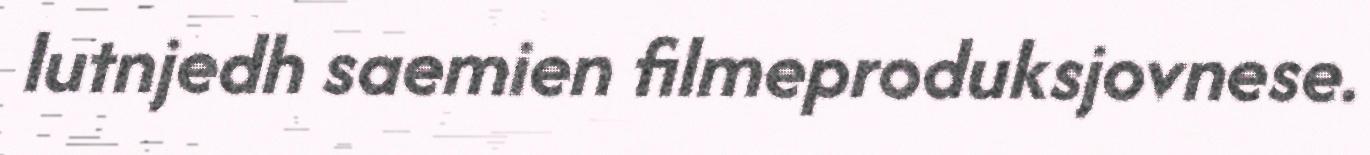
lutnjedh saemien filmeproduksjovnese.